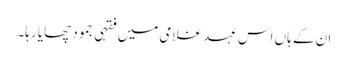
ان کے ہاں اس عہد غلامی میں فقہی جمود چھایا رہا۔